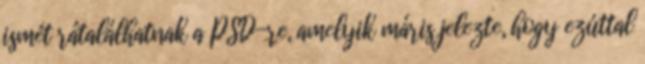
ismét rátalálhatnak a PSD-re, amelyik máris jelezte, hogy ezúttal